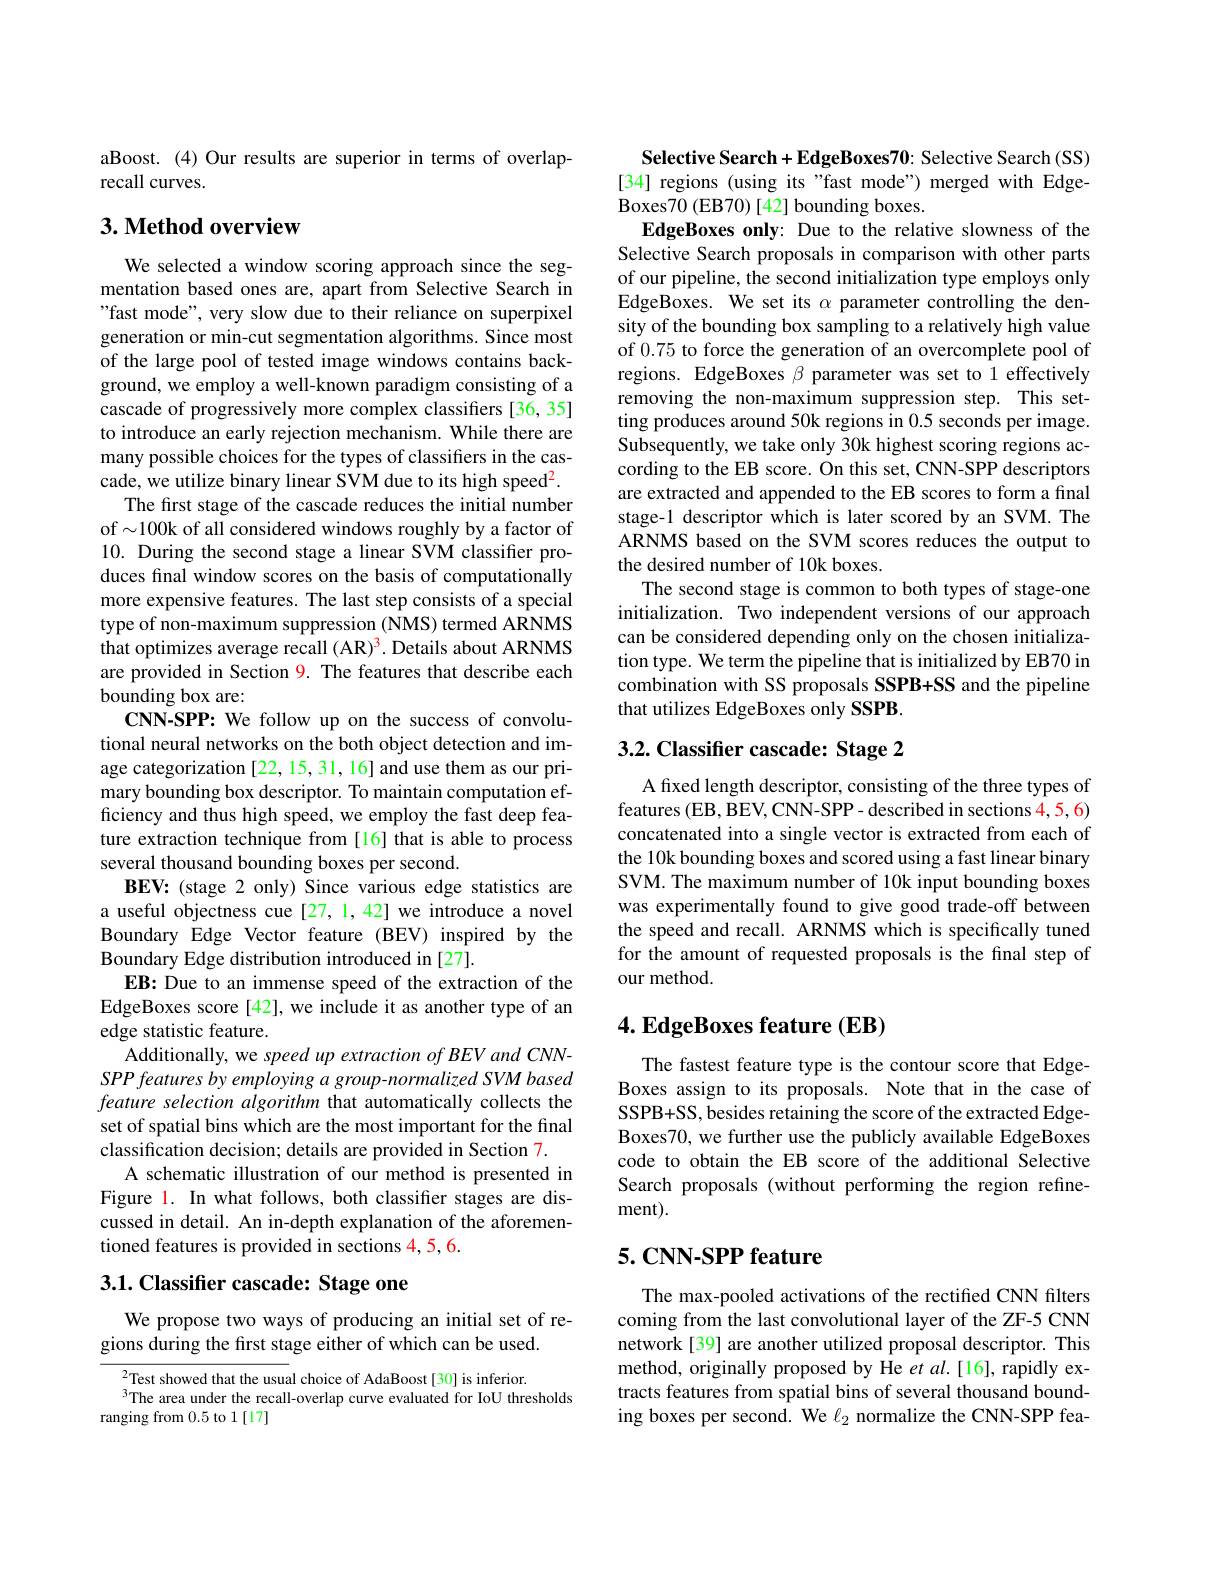
aBoost. (4) Our results are superior in terms of overlap-
recall curves.

## 3. Method overview

We selected a window scoring approach since the segmentation based ones are, apart from Selective Search in "fast mode", very slow due to their reliance on superpixel generation or min-cut segmentation algorithms. Since most of the large pool of tested image windows contains background, we employ a well-known paradigm consisting of a cascade of progressively more complex classifiers [36, 35] to introduce an early rejection mechanism. While there are many possible choices for the types of classifiers in the cascade, we utilize binary linear SVM due to its high speed$^2.$
The first stage of the cascade reduces the initial number of$\sim100$k of all considered windows roughly by a factor of 10. During the second stage a linear SVM classifier produces final window scores on the basis of computationally more expensive features. The last step consists of a special type of non-maximum suppression (NMS) termed ARNMS that optimizes average recall (AR)$^3.$ Details about ARNMS are provided in Section 9. The features that describe each bounding box are:
CNN-SPP: We follow up on the success of convolutional neural networks on the both object detection and image categorization [22, 15, 31, 16] and use them as our primary bounding box descriptor. To maintain computation efficiency and thus high speed, we employ the fast deep feature extraction technique from [16] that is able to process several thousand bounding boxes per second.
BEV: (stage 2 only) Since various edge statistics are a useful objectness cue [27,1,42] we introduce a novel Boundary Edge Vector feature (BEV) inspired by the Boundary Edge distribution introduced in [27].
EB: Due to an immense speed of the extraction of the EdgeBoxes score[42], we include it as another type of an edge statistic feature.
Additionally, we speed up extraction of BEV and CNNSPP features by employing a group-normalized SVM based feature selection algorithm that automatically collects the set of spatial bins which are the most important for the final classification decision; details are provided in Section 7.
A schematic illustration of our method is presented in Figure 1. In what follows, both classifier stages are discussed in detail. An in-depth explanation of the aforementioned features is provided in sections 4,5,6.

## 3.1. Classifier cascade: Stage one

We propose two ways of producing an initial set of re-
gions during the first stage either of which can be used.

$^{2}$Test showed that the usual choice of AdaBoost[30] is inferior.
The area under the recall-overlap curve evaluated for IoU thresholds
ranging from 0.5 to 1[17]

Selective Search+EdgeBoxes70: Selective Search(SS) [34] regions (using its "fast mode") merged with EdgeBoxes70 (EB70) [42] bounding boxes.
EdgeBoxes only: Due to the relative slowness of the Selective Search proposals in comparison with other parts of our pipeline, the second initialization type employs only EdgeBoxes. We set its $\alpha$ parameter controlling the density of the bounding box sampling to a relatively high value of 0.75 to force the generation of an overcomplete pool of regions. EdgeBoxes $\beta$ parameter was set to 1 effectively removing the non-maximum suppression step. This setting produces around 50k regions in 0.5 seconds per image. Subsequently, we take only 30k highest scoring regions according to the EB score. On this set, CNN-SPP descriptors are extracted and appended to the EB scores to form a final stage-1 descriptor which is later scored by an SVM. The ARNMS based on the SVM scores reduces the output to the desired number of 10k boxes.
The second stage is common to both types of stage-one initialization. Two independent versions of our approach can be considered depending only on the chosen initialization type. We term the pipeline that is initialized by EB70 in combination with SS proposals SSPB+SS and the pipeline that utilizes EdgeBoxes only SSPB

## 3.2. Classifier cascade: Stage 2

A fixed length descriptor, consisting of the three types of features (EB, BEV, CNN-SPP- described in sections 4,5,6) concatenated into a single vector is extracted from each of the 10k bounding boxes and scored using a fast linear binary SVM. The maximum number of 10k input bounding boxes was experimentally found to give good trade-off between the speed and recall. ARNMS which is specifically tuned for the amount of requested proposals is the final step of our method.

## $4. \textbf{EdgeBoxes feature}( \mathbf{EB})$

The fastest feature type is the contour score that EdgeBoxes assign to its proposals. Note that in the case of SSPB+SS, besides retaining the score of the extracted EdgeBoxes70, we further use the publicly available EdgeBoxes code to obtain the EB score of the additional Selective Search proposals (without performing the region refinement).

## $5. \textbf{CNN- SPP feature}$

The max-pooled activations of the rectified CNN filters coming from the last convolutional layer of the ZF-5 CNN network[39] are another utilized proposal descriptor. This method, originally proposed by He $et$ al.[16], rapidly extracts features from spatial bins of several thousand bounding boxes per second. We $\ell_2$ normalize the CNN-SPP fea-